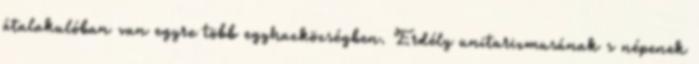
átalakulóban van egyre több egyhazközségben. Erdély unitarizmusának s népenek